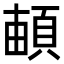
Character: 𩓏